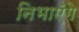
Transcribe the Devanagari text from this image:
निभाएँगे